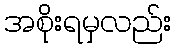
အစိုးရမှလည်း